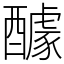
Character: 醵